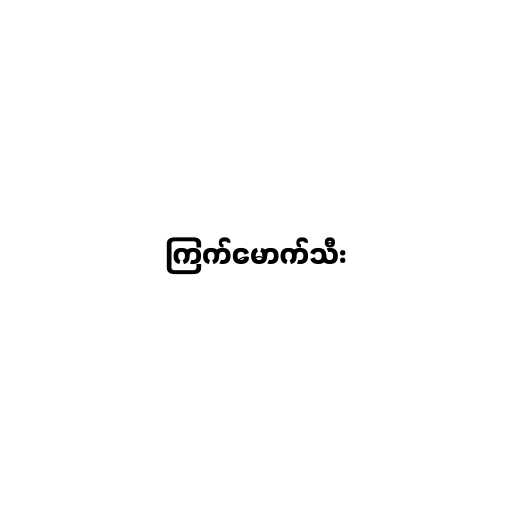
ကြက်မောက်သီး